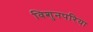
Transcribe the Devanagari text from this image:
विशुनपरिया